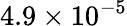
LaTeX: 4.9\times 10^{-5}